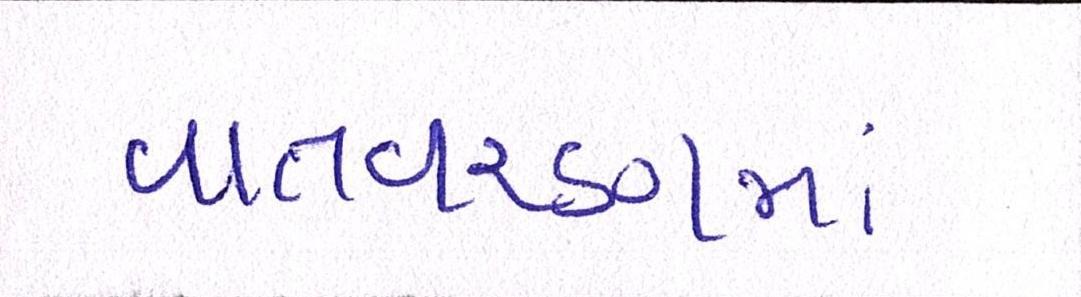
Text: વાતવરણમાં